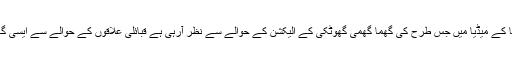
سینیٹر پرویز رشید کا کہنا تھا کے میڈیا میں جس طرح کی گھما گھمی گھوٹکی کے الیکشن کے حوالے سے نظر آرہی ہے قبائلی علاقوں کے حوالے سے ایسی گہما گھمی نظر نہیں آرہی ہے۔